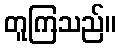
တူကြသည်။